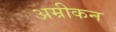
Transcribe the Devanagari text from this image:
अम्रीकन